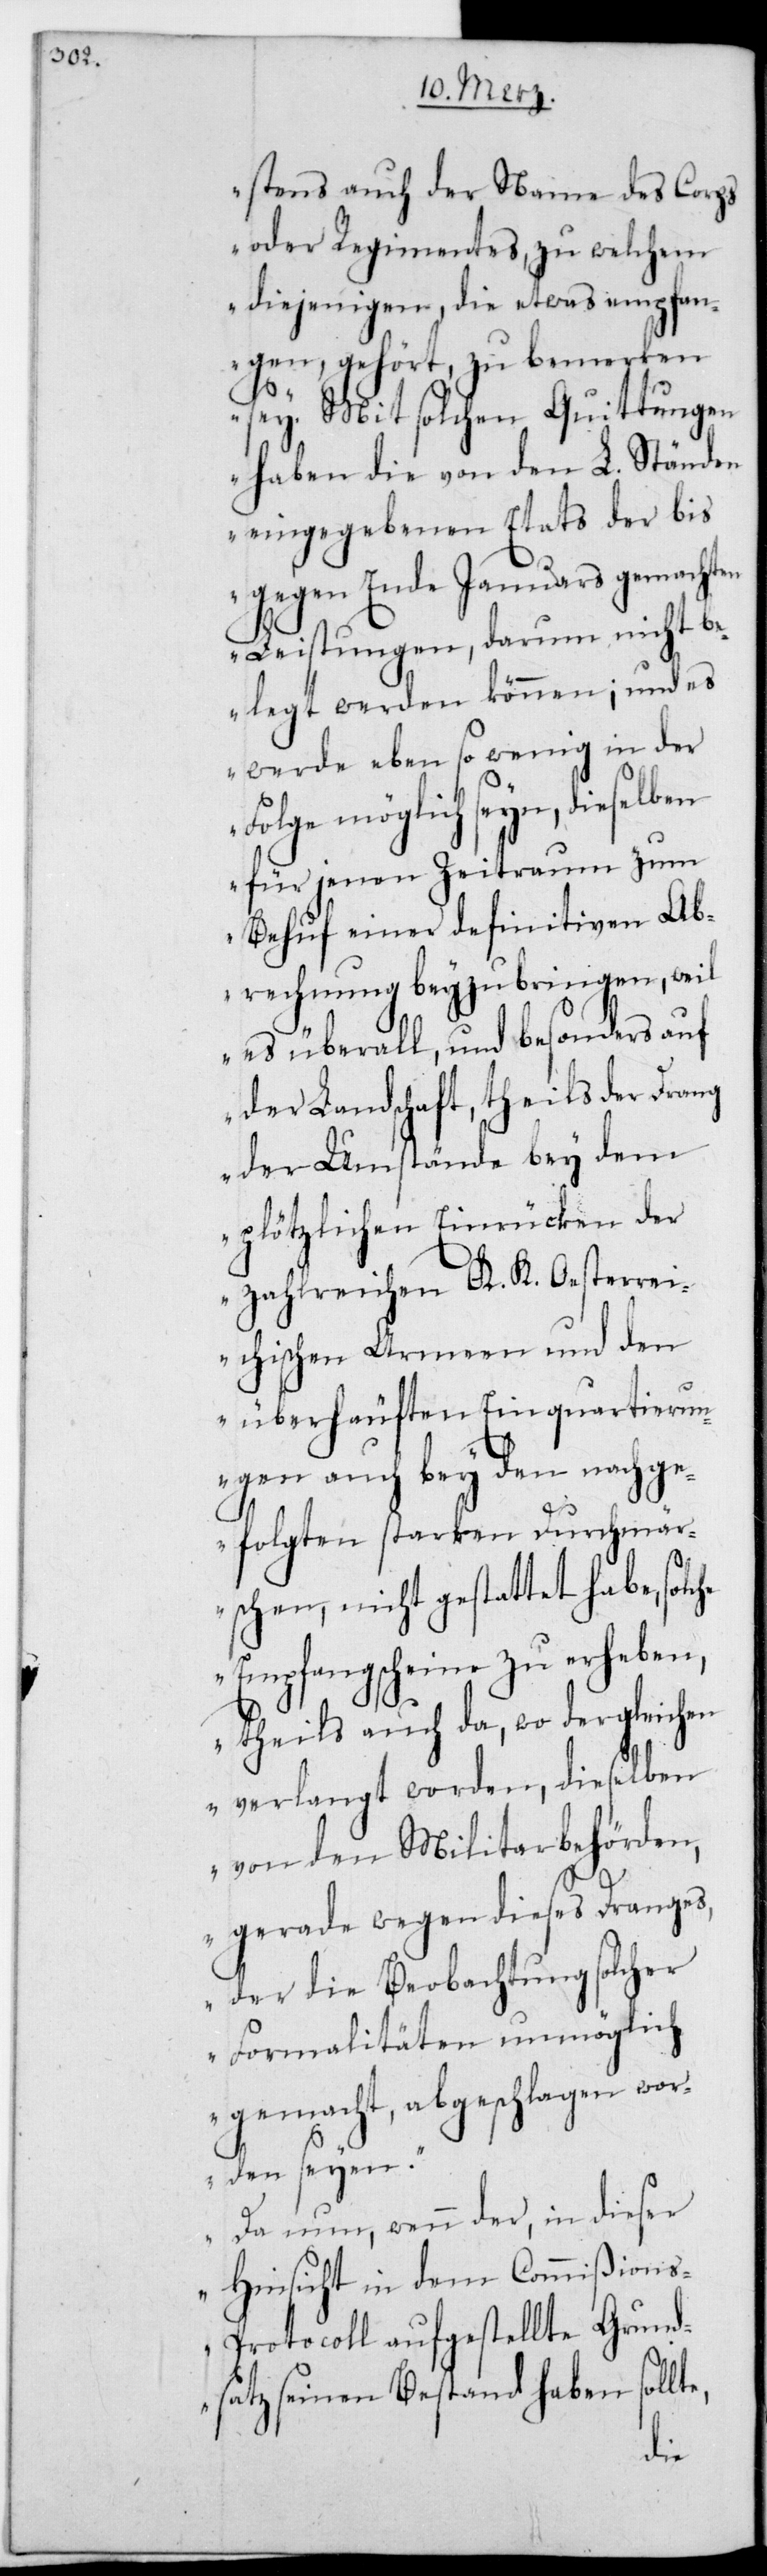
stens auch der Name des Corps
oder Regimentes, zu welchem
diejenigen, die etwas empfan¬
gen gehört, zu bemerken
sei. Mit solchen Quittungen
haben die von den L. Ständen
eingegebenen Etats der bis
gegen Ende Januars gemachten
Leistungen, darum nicht b¬
elegt werden können, und es
werde ebenso wenig in der
möglich seyn, dieselben
für jenen Zeitraum zum
Behuf einer definitiven Ab¬
rechnung beyzubringen, weil
es überall und besonders auf
der Landschaft, theils der Drang
der Umstände bey dem
plötzlichen Einrücken der
zahlreichen K. K. Oesterrei¬
chischen Armeen und den
überhäuften Einquartierun¬
gen auch bey den nachge¬
folgten starken Durchmär¬
schen, nicht gestattet habe, sol¬
Empfangßcheine zu erheben,
theils auch da, wo dergleichen
verlangt worden, dieselben
von den Militairbehörden,
gerade wegen dieses Dranges,
der die Beobachtung solcher
Formalitäten unmöglich
gemacht, abgeschlagen wor¬
den seyen.
Da nun, wenn der in dieser
Hinsicht in dem Commißion¬
s-Protocoll aufgestellte Grund¬
satz seinen Bestand haben sollt¬
e,